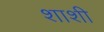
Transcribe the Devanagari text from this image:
शाशी